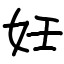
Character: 妊